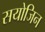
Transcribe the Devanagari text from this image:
सयोजिन